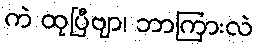
ကဲ ထုပြီဗျာ၊ ဘာကြားလဲ